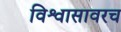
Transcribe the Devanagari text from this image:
विश्वासावरच